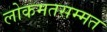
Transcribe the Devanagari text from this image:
लोकमतसम्मत